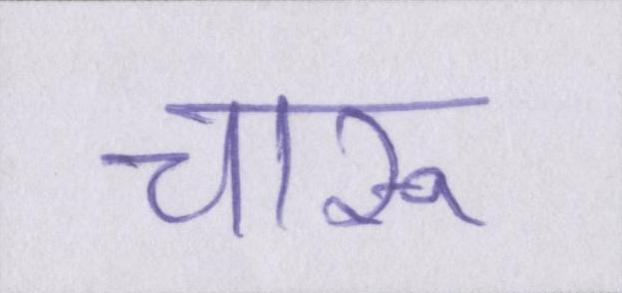
चारू